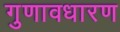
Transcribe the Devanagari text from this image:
गुणावधारण